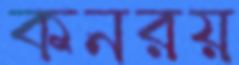
কনরয়